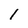
Character: 1